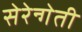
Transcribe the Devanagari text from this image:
सेरेन्गेती